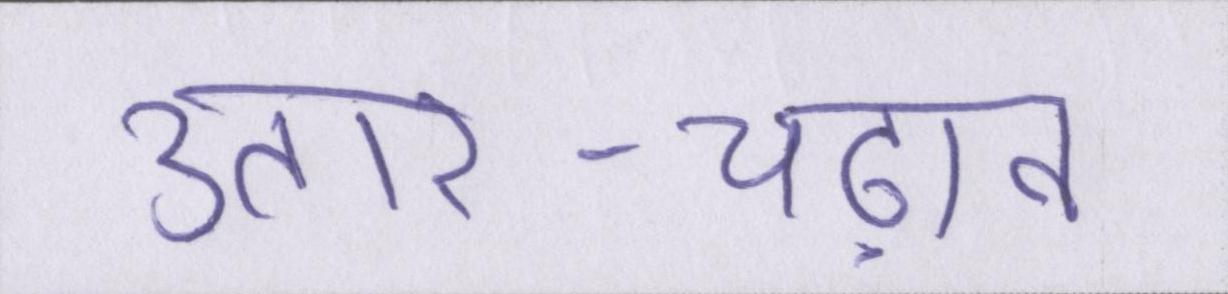
उतार-चढ़ाव